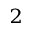
_ 2